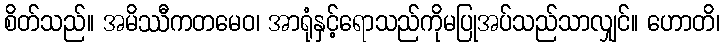
စိတ်သည်။ အမိဿီကတမေဝ၊ အာရုံနှင့်ရောသည်ကိုမပြုအပ်သည်သာလျှင်။ ဟောတိ၊